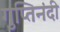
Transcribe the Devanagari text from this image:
गुप्तिनंदी